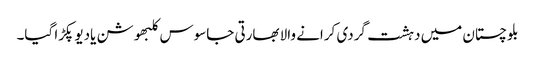
بلوچستان میں دہشت گردی کرانے والا بھارتی جاسوس کلبھوشن یادیو پکڑا گیا۔